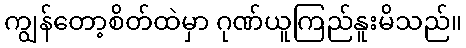
ကျွန်တော့စိတ်ထဲမှာ ဂုဏ်ယူကြည်နူးမိသည်။